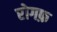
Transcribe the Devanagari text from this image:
रोगफ़